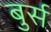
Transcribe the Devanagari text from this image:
बुर्स